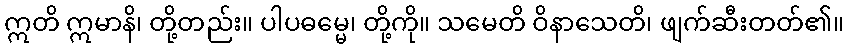
ဣတိ ဣမာနိ၊ တို့တည်း။ ပါပဓမ္မေ၊ တို့ကို။ သမေတိ ဝိနာသေတိ၊ ဖျက်ဆီးတတ်၏။